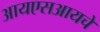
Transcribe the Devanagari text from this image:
आयएसआयचे